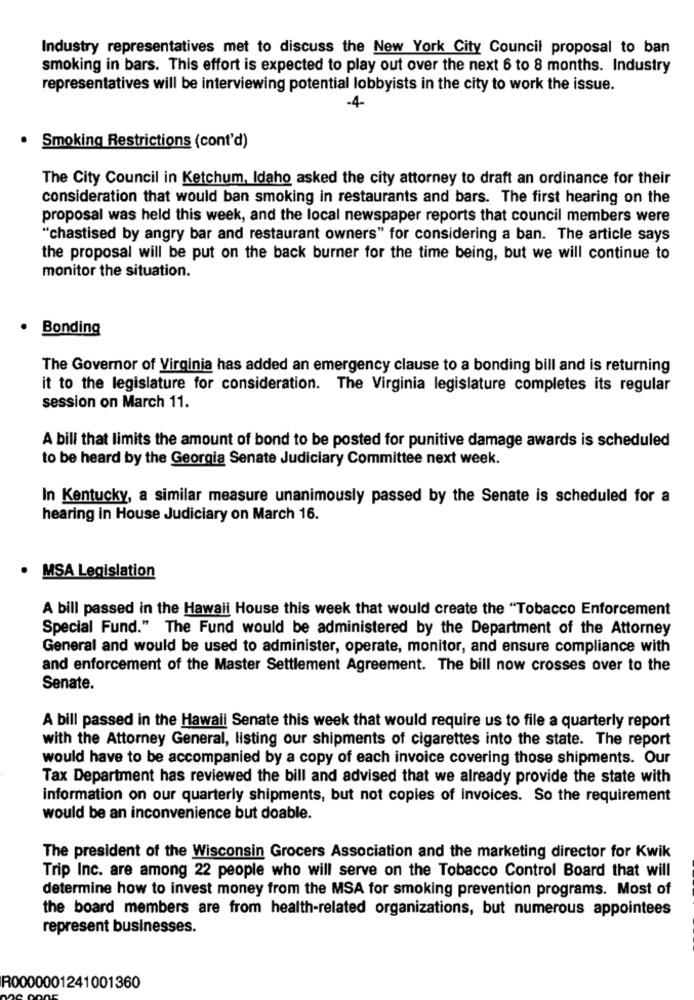
Industry representatives met to discuss the New York City Council proposal to ban
smoking in bars. This effort is expected to play out over the next 6 to 8 months. Industry
representatives will be interviewing potential lobbyists in the city to work the issue.
-4-
Smoking Restrictions (cont'd)
The City Council in Ketchum, Idaho asked the city attorney to draft an ordinance for their
consideration that would ban smoking in restaurants and bars. The first hearing on the
proposal was held this week, and the local newspaper reports that council members were
"chastised by angry bar and restaurant owners" for considering a ban. The article says
the proposal will be put on the back burner for the time being, but we will continue to
monitor the situation.
Bonding
The Governor of Virginia has added an emergency clause to a bonding bill and is returning
it to the legislature for consideration. The Virginia legislature completes its regular
session on March 11.
A bill that limits the amount of bond to be posted for punitive damage awards is scheduled
to be heard by the Georgia Senate Judiciary Committee next week.
In Kentucky, a similar measure unanimously passed by the Senate is scheduled for a
hearing in House Judiciary on March 16.
MSA Legislation
A bill passed in the Hawaii House this week that would create the "Tobacco Enforcement
Special Fund." The Fund would be administered by the Department of the Attorney
General and would be used to administer, operate, monitor, and ensure compliance with
and enforcement of the Master Settlement Agreement. The bill now crosses over to the
Senate.
A bill passed in the Hawaii Senate this week that would require us to file a quarterly report
with the Attorney General, listing our shipments of cigarettes into the state. The report
would have to be accompanied by a copy of each invoice covering those shipments. Our
Tax Department has reviewed the bill and advised that we already provide the state with
information on our quarterly shipments, but not copies of invoices. So the requirement
would be an inconvenience but doable.
The president of the Wisconsin Grocers Association and the marketing director for Kwik
Trip Inc. are among 22 people who will serve on the Tobacco Control Board that will
determine how to invest money from the MSA for smoking prevention programs. Most of
the board members are from health-related organizations, but numerous appointees
represent businesses.
R0000001241001360